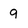
Character: 9